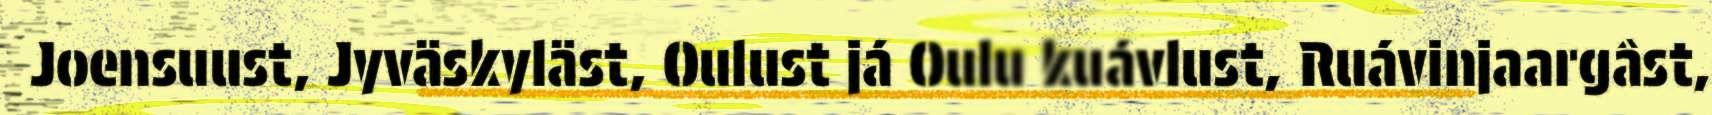
Joensuust, Jyväskyläst, Oulust já Oulu kuávlust, Ruávinjaargâst,